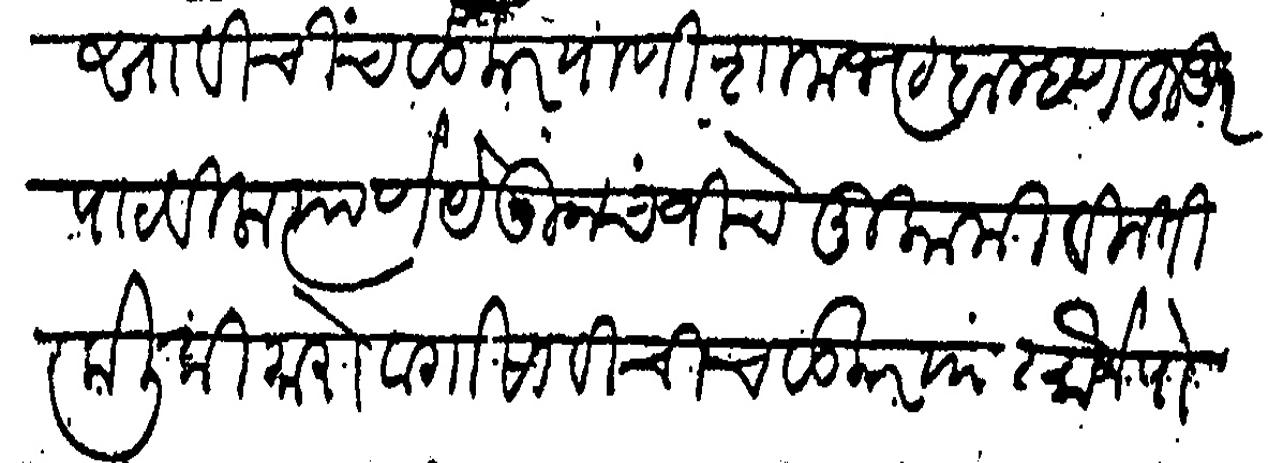
Transliteration (Devanagari): गोसावी चिंचवडकर याणी शामभट ब्राहमण हुजुर पाठवीला त्याणे येऊन चंजीचे मुकामी विनती केली की मोरोबा गोसावी चिंचवडकर यास मौजे पोहुरे